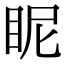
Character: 眤